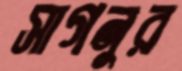
সাগনুর